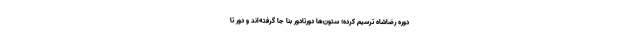
دوره رضاشاه ترسیم کرده؛ ستون‌ها دورتادور بنا جا گرفته‌اند و دور تا